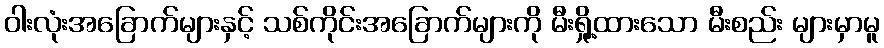
ဝါးလုံးအခြောက်များနှင့် သစ်ကိုင်းအခြောက်များကို မီးရှို့ထားသော မီးစည်း များမှာမူ